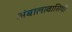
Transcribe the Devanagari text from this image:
अंबालावासियों